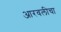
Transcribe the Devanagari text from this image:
आरवलीचा